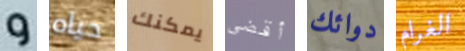
و حياه يمكنك أقضى دوائك الغرام